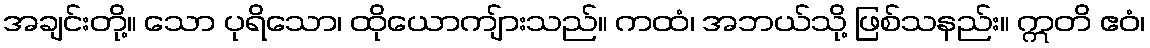
အချင်းတို့။ သော ပုရိသော၊ ထိုယောကျ်ားသည်။ ကထံ၊ အဘယ်သို့ ဖြစ်သနည်း။ ဣတိ ဧဝံ၊